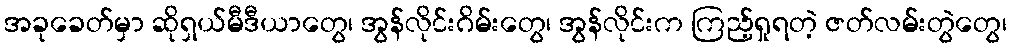
အခုခေတ်မှာ ဆိုရှယ်မီဒီယာတွေ၊ အွန်လိုင်းဂိမ်းတွေ၊ အွန်လိုင်းက ကြည့်ရှုရတဲ့ ဇတ်လမ်းတွဲတွေ၊